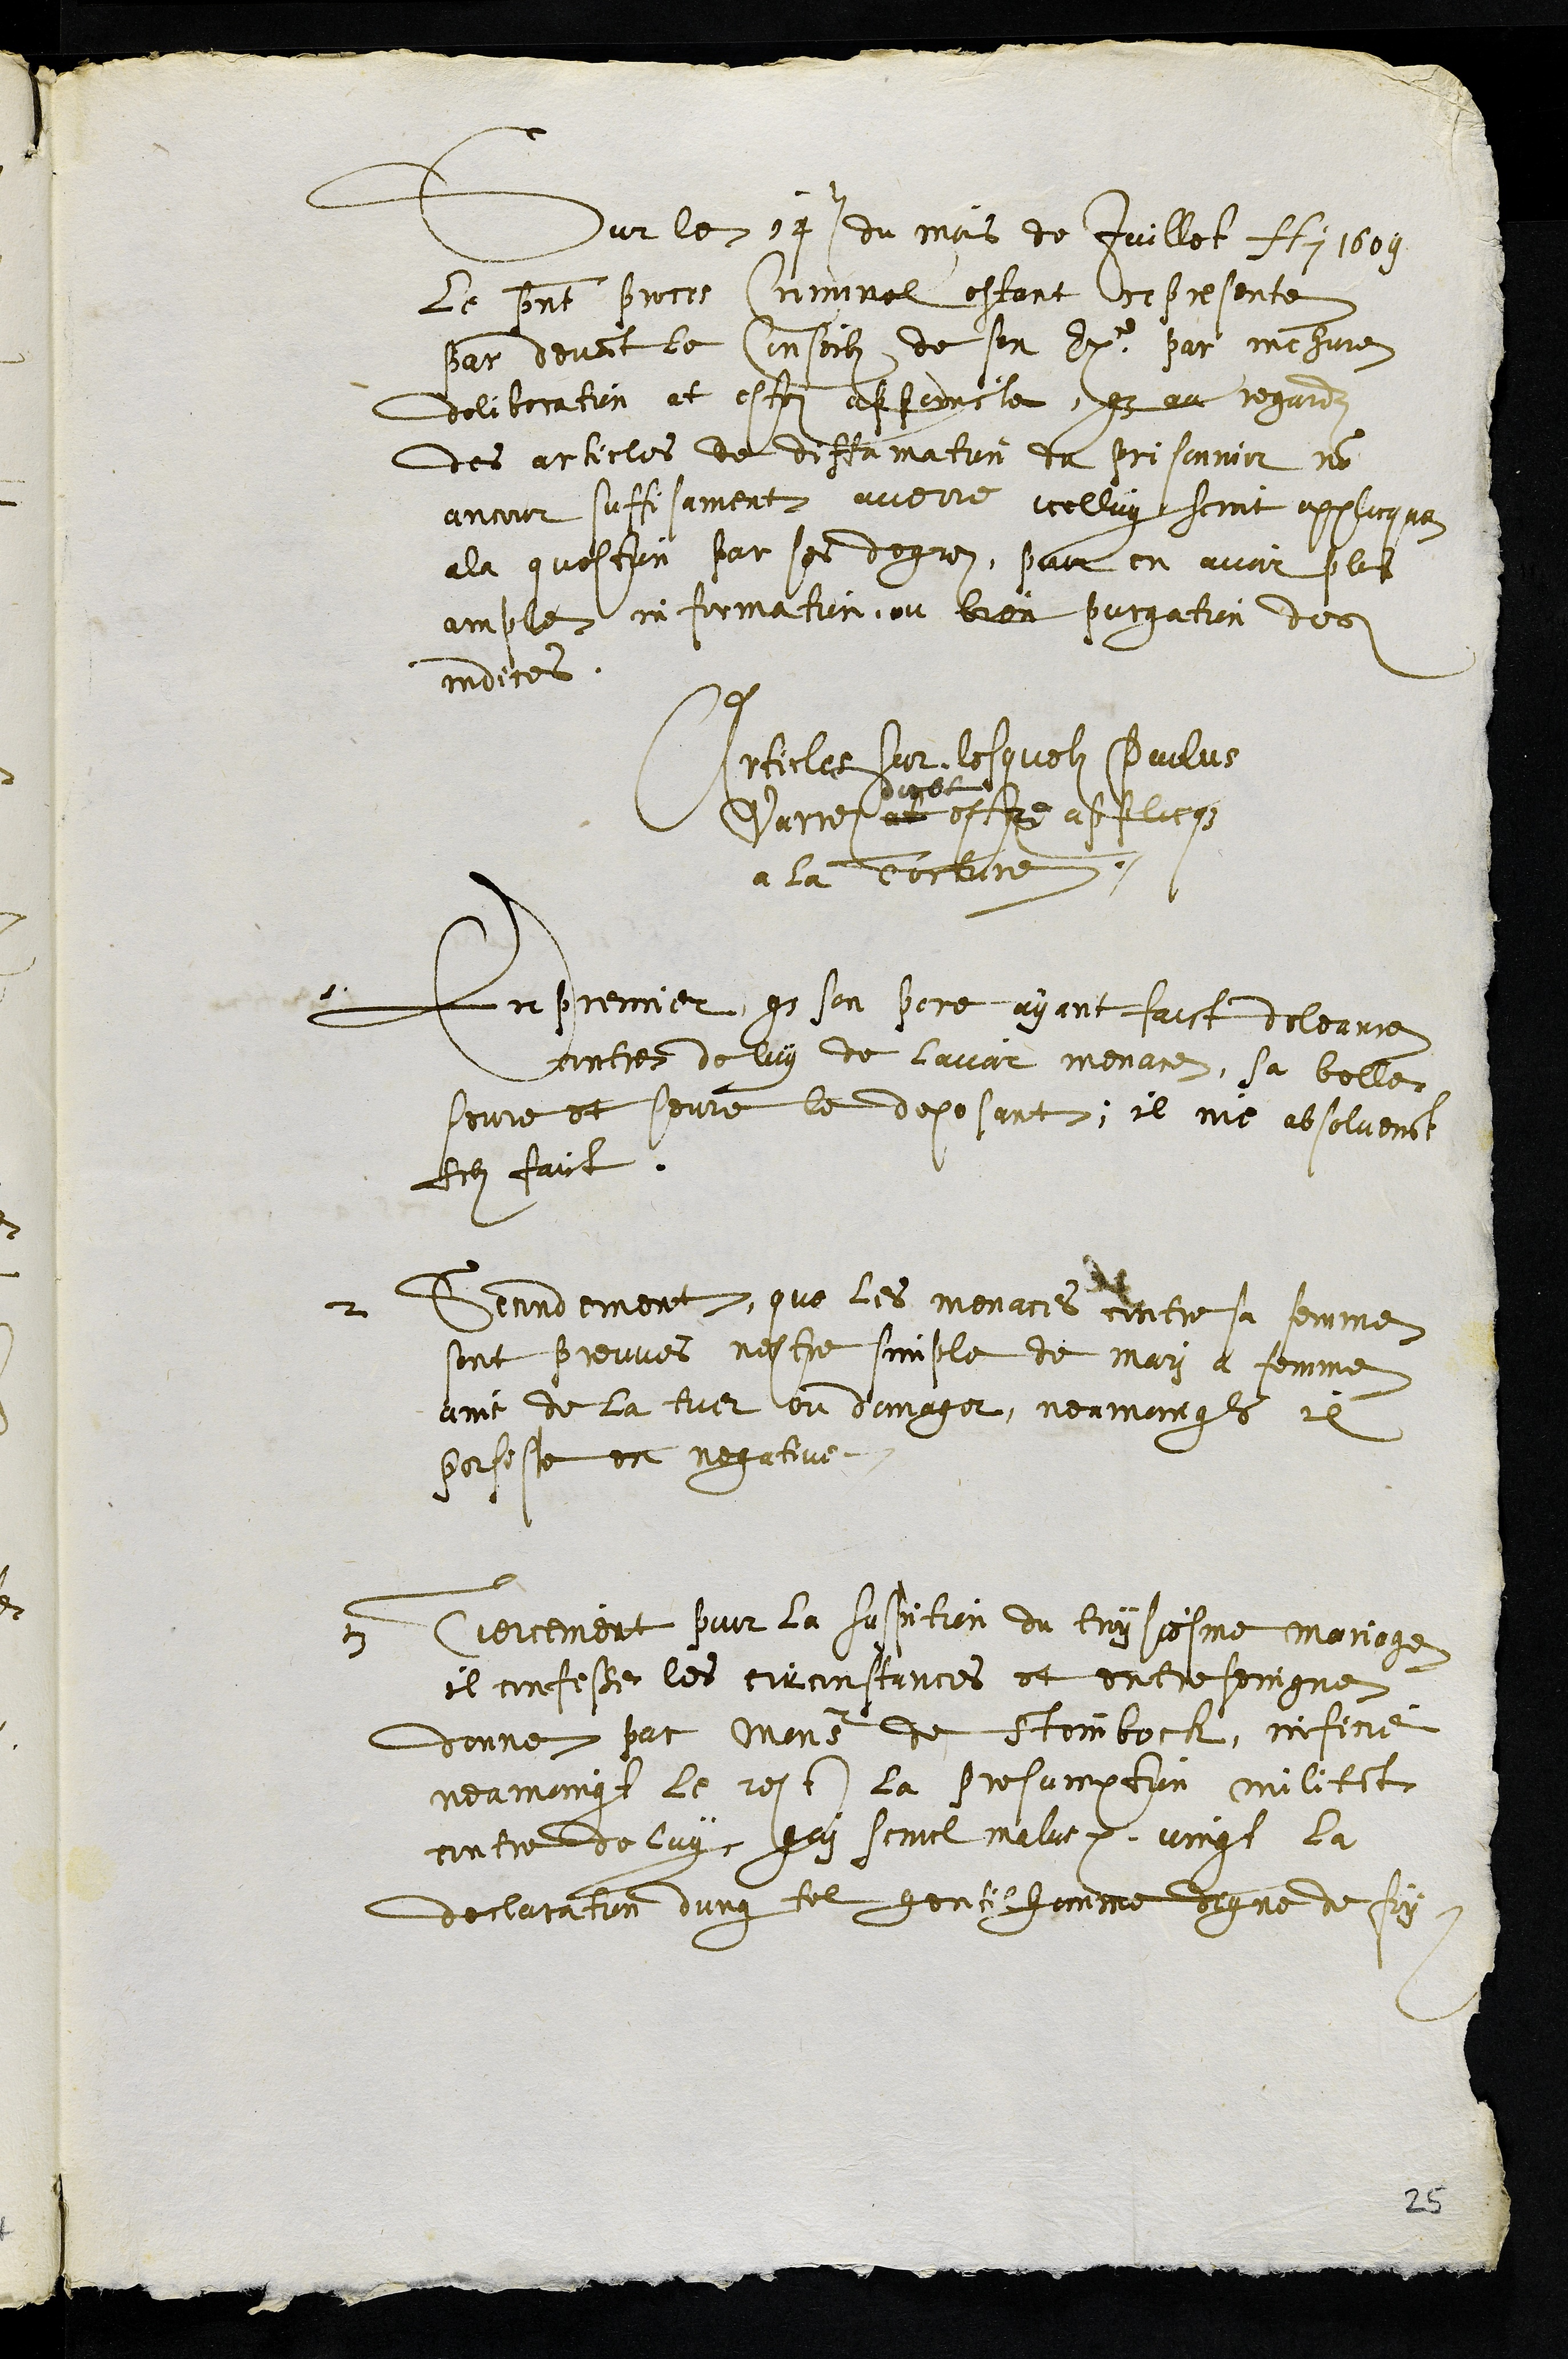
Sur le 14e du mois de Juillet Ai 1609
le present proce Criminel estant represente
par devant le Conseilz de son Exce par mehure
deliberation at estei appoincte que au regardz
des articles de diffamation du prisonnier non
ancour suffisament averre icelluy seroit applicque
a la question par ses degrez, pour en avoir plus
amples information, ou bien purgation des
indices.
Articles Sur lequelz Paulus
Varrez at
doibt
estre applicque
a la Torture
1 En premier que son pere ayant faict doleance
contre de luy de lavoir menace, sa belle
seure et seure le deposant, il nie absoluement
ledit faict.
2 Secondement, que les menaces contre sa femme
sont prouves nestre simple de mari a femme
ains de la tuer ou domager, neamoingts il
persiste en negative
3. Tiercement pour la suspition du troysiesme mariage
il confesse les circonstances et entresoingne
donne par Monsieur de Steinbock, inficie
neamoingt le rest La presumption militant
contre de luy qui semel malus etc, vingt la
declaration dung tel gentilhomme digne de foy
25